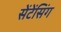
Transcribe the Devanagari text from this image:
सेंटेंसिंग